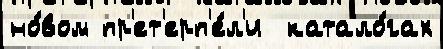
но́вом пр'ет'ерп'е́л'и  катало́гах